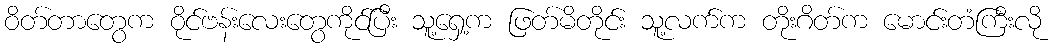
ဝိတ်တာတွေက ဝိုင်ဗန်းလေးတွေကိုင်ပြီး သူ့ရှေ့က ဖြတ်မိတိုင်း သူ့လက်က တိုးဂိတ်က မောင်းတံကြီးလို